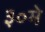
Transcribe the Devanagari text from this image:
३०मे